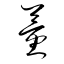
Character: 蕫